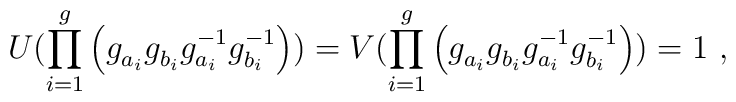
U(\prod_{i=1}^{g} \left(g_{a_i}^{~} g_{b_i}^{~} g_{a_i}^{-1} g_{b_i}^{-1}\right)) =V(\prod_{i=1}^{g} \left(g_{a_i}^{~} g_{b_i}^{~} g_{a_i}^{-1} g_{b_i}^{-1}\right)) =1~,